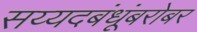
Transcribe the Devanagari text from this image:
सय्यदबंधूंबरोबर